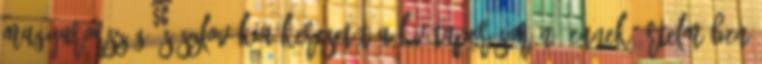
Magyarország és Szlovákia keresetét a kvótaper során, ennek értelmében